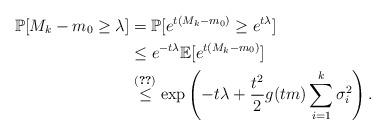
LaTeX: \begin{align*}\mathbb{P}[M_k-m_0\geq \lambda]&=\mathbb{P}[e^{t(M_k-m_0)}\geq e^{t\lambda}]\\&\leq e^{-t\lambda}\mathbb{E}[e^{t(M_k-m_0)}]\\&\stackrel{\eqref{exp_final}}{\leq} \exp\left(-t\lambda+\frac{t^{2}}{2}g(tm)\sum_{i=1}^k \sigma_i^2\right). \end{align*}